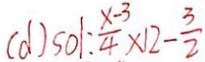
( d ) s o 1 : \frac { x - 3 } { 4 } \times 1 2 - \frac { 3 } { 2 }